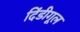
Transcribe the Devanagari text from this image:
दिंडीगूल